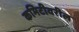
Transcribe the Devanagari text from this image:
कमिटीवरील